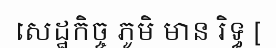
សេដ្ឋកិច្ច ភូមិ មាន រិទ្ធ [